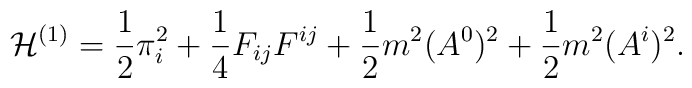
{\cal H}^{(1)}=\frac{1}{2}\pi_{i}^2+ \frac{1}{4}F_{ij}F^{ij}               +\frac{1}{2} m^2 (A^0)^2+ \frac{1}{2} m^2 (A^i)^{2}.